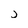
Character: j